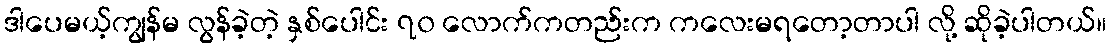
ဒါပေမယ့်ကျွန်မ လွန်ခဲ့တဲ့ နှစ်ပေါင်း ၇၀ လောက်ကတည်းက ကလေးမရတော့တာပါ လို့ ဆိုခဲ့ပါတယ်။